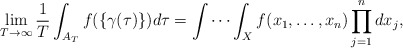
\begin{align*}\lim_{T\to\infty}\frac{1}{T}\int_{A_T}f(\{\gamma(\tau)\})d\tau = \idotsint_X f(x_1,\ldots,x_n) \prod_{j=1}^n dx_j,\end{align*}